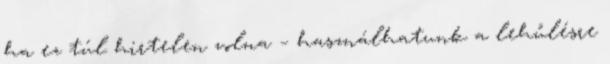
ha ez túl hirtelen volna – használhatunk a lehűlésre